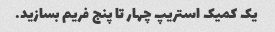
یک کمیک استریپ چهار تا پنج فریم بسازید.